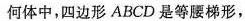
何体中，四边形ABCD是等腰梯形，